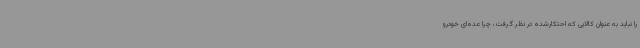
را نباید به عنوان کالایی که احتکارشده در نظر گرفت، چرا عده‌ای خودرو